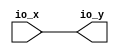
module OptimizationBarrier_117(
  input  [2:0] io_x,
  output [2:0] io_y
);
  assign io_y = io_x; // @[package.scala 241:12]
endmodule